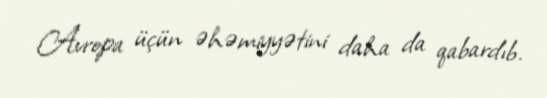
Avropa üçün əhəmiyyətini daha da qabardıb.